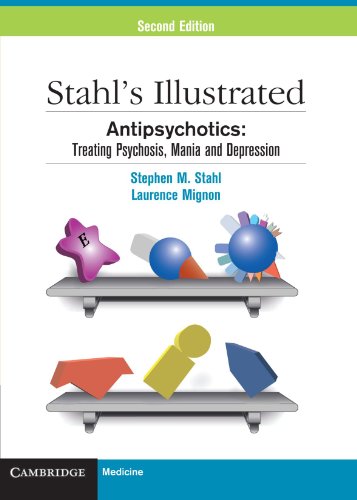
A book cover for Stahl's Illustrated Antipsychotics: Treating Psychosis, Mania and Depression (Black & White); Stephen M. Stahl; Medical Books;